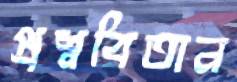
প্রশ্নবিতান